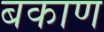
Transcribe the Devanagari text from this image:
बकाण